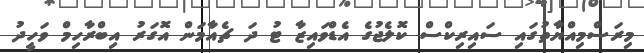
މިރަސްމިއްޔާތުގައި ސައިރިކްސް ކޮލެޖުގެ އެޑްވައިޒާ ޓު ދަ ޗެއާމަން އޮގަރު އިބްރާހިމް ވަހީދު